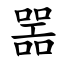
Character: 噐